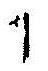
1